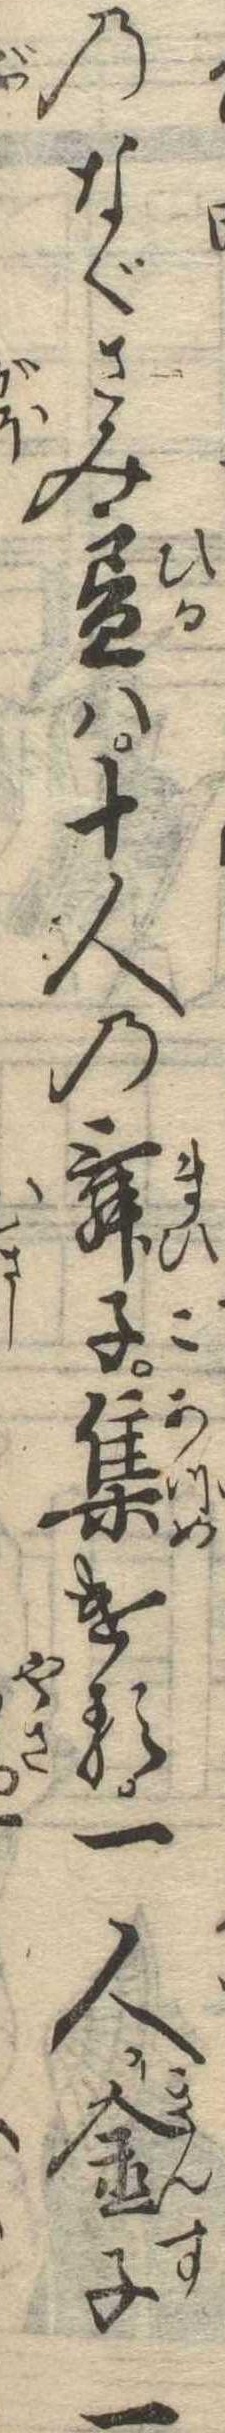
のなぐさみ昼は十人の舞子集ける一人金子一